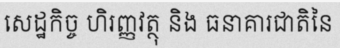
សេដ្ឋកិច្ច ហិរញ្ញវត្ថុ និង ធនាគារជាតិនៃ